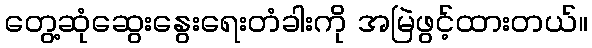
တွေ့ဆုံဆွေးနွေးရေးတံခါးကို အမြဲဖွင့်ထားတယ်။